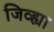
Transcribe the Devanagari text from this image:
जिव्ह्या